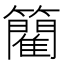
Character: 䉮